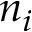
n _ { i }